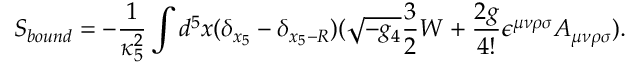
S _ { b o u n d } = - \frac { 1 } { \kappa _ { 5 } ^ { 2 } } \int d ^ { 5 } x ( \delta _ { x _ { 5 } } - \delta _ { x _ { 5 } - R } ) ( \sqrt { - g _ { 4 } } \frac { 3 } { 2 } W + \frac { 2 g } { 4 ! } \epsilon ^ { \mu \nu \rho \sigma } A _ { \mu \nu \rho \sigma } ) .